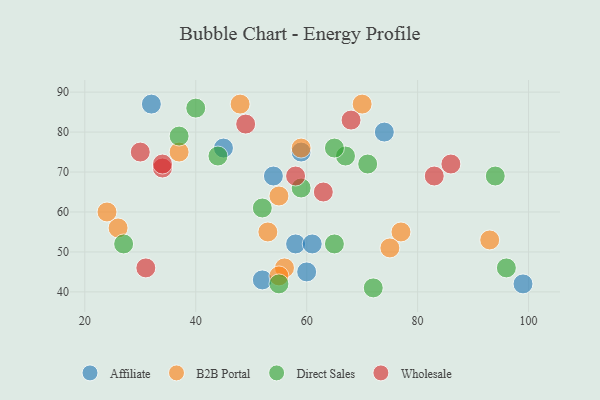
{"axis": {"x": "GDP", "y": "Life Expectancy"}, "legend": ["Affiliate", "B2B Portal", "Direct Sales", "Wholesale"], "data": [{"x": "45", "y": 76, "type": "Affiliate"}, {"x": "99", "y": 42, "type": "Affiliate"}, {"x": "58", "y": 52, "type": "Affiliate"}, {"x": "74", "y": 80, "type": "Affiliate"}, {"x": "60", "y": 45, "type": "Affiliate"}, {"x": "54", "y": 69, "type": "Affiliate"}, {"x": "32", "y": 87, "type": "Affiliate"}, {"x": "52", "y": 43, "type": "Affiliate"}, {"x": "61", "y": 52, "type": "Affiliate"}, {"x": "59", "y": 75, "type": "Affiliate"}, {"x": "26", "y": 56, "type": "B2B Portal"}, {"x": "56", "y": 46, "type": "B2B Portal"}, {"x": "55", "y": 44, "type": "B2B Portal"}, {"x": "48", "y": 87, "type": "B2B Portal"}, {"x": "37", "y": 75, "type": "B2B Portal"}, {"x": "77", "y": 55, "type": "B2B Portal"}, {"x": "75", "y": 51, "type": "B2B Portal"}, {"x": "55", "y": 64, "type": "B2B Portal"}, {"x": "24", "y": 60, "type": "B2B Portal"}, {"x": "53", "y": 55, "type": "B2B Portal"}, {"x": "93", "y": 53, "type": "B2B Portal"}, {"x": "70", "y": 87, "type": "B2B Portal"}, {"x": "59", "y": 76, "type": "B2B Portal"}, {"x": "94", "y": 69, "type": "Direct Sales"}, {"x": "67", "y": 74, "type": "Direct Sales"}, {"x": "72", "y": 41, "type": "Direct Sales"}, {"x": "96", "y": 46, "type": "Direct Sales"}, {"x": "55", "y": 42, "type": "Direct Sales"}, {"x": "40", "y": 86, "type": "Direct Sales"}, {"x": "59", "y": 66, "type": "Direct Sales"}, {"x": "37", "y": 79, "type": "Direct Sales"}, {"x": "44", "y": 74, "type": "Direct Sales"}, {"x": "52", "y": 61, "type": "Direct Sales"}, {"x": "27", "y": 52, "type": "Direct Sales"}, {"x": "71", "y": 72, "type": "Direct Sales"}, {"x": "65", "y": 52, "type": "Direct Sales"}, {"x": "65", "y": 76, "type": "Direct Sales"}, {"x": "68", "y": 83, "type": "Wholesale"}, {"x": "58", "y": 69, "type": "Wholesale"}, {"x": "83", "y": 69, "type": "Wholesale"}, {"x": "49", "y": 82, "type": "Wholesale"}, {"x": "86", "y": 72, "type": "Wholesale"}, {"x": "30", "y": 75, "type": "Wholesale"}, {"x": "34", "y": 71, "type": "Wholesale"}, {"x": "31", "y": 46, "type": "Wholesale"}, {"x": "34", "y": 72, "type": "Wholesale"}, {"x": "63", "y": 65, "type": "Wholesale"}]}